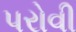
પરોવી